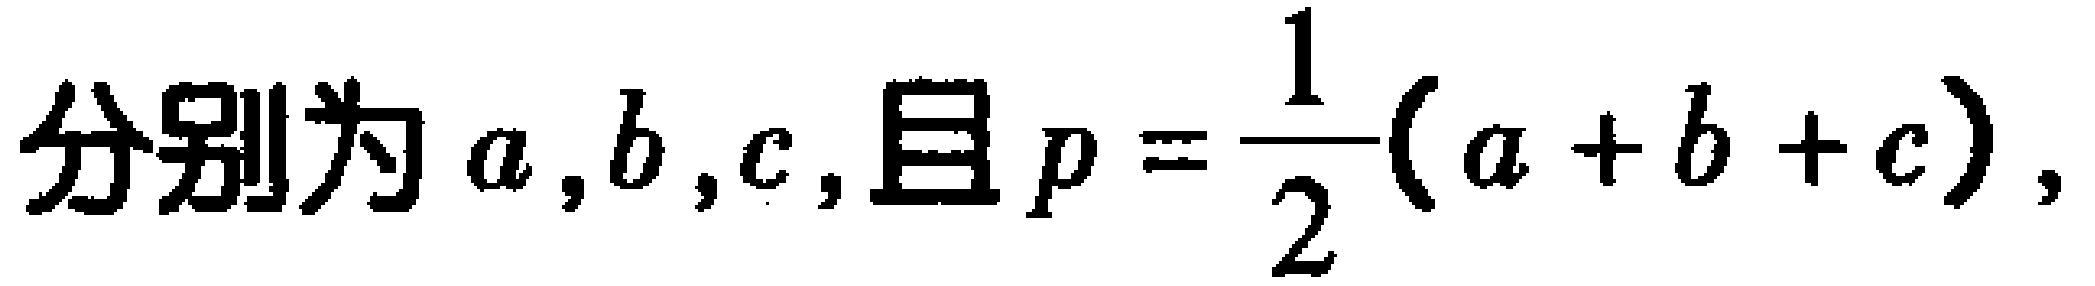
分别为\(a,b,c,且p = \frac{1}{2}(a + b + c),\)